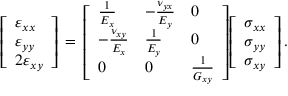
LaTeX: { \left[ \begin{array} { l } { \varepsilon _ { x x } } \\ { \varepsilon _ { y y } } \\ { 2 \varepsilon _ { x y } } \end{array} \right] } \, = \, { \left[ \begin{array} { l l l } { { \frac { 1 } { E _ { x } } } } & { - { \frac { \nu _ { y x } } { E _ { y } } } } & { 0 } \\ { - { \frac { \nu _ { x y } } { E _ { x } } } } & { { \frac { 1 } { E _ { y } } } } & { 0 } \\ { 0 } & { 0 } & { { \frac { 1 } { G _ { x y } } } } \end{array} \right] } { \left[ \begin{array} { l } { \sigma _ { x x } } \\ { \sigma _ { y y } } \\ { \sigma _ { x y } } \end{array} \right] } \, .